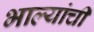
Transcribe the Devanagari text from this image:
भाल्यांची